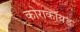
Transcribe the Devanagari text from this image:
कोराकॉयड